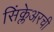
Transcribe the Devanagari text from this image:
सिंक्लेअरची